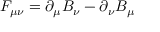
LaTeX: F _ { \mu \nu } = \partial _ { \mu } B _ { \nu } - \partial _ { \nu } B _ { \mu } \qquad